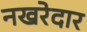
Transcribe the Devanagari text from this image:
नखरेदार